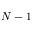
{ N } - 1